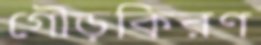
গৌড়কিরণ